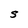
Character: S